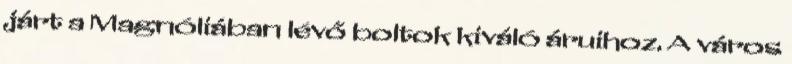
járt a Magnóliában lévő boltok kiváló áruihoz. A város